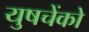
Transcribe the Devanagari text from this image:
युषचेंको